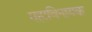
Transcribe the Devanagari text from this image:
महाविनायक